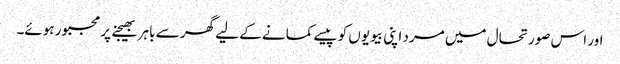
اور اس صورتحال میں مرد اپنی بیویوں کو پیسے کمانے کے لیے گھر سے باہر بھیجنے پر مجبور ہوئے۔